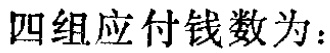
四组应付钱数为：